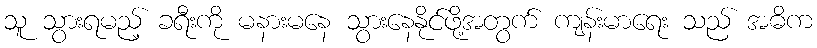
သူ သွားရမည့် ခရီးကို မနားမနေ သွားနေနိုင်ဖို့အတွက် ကျန်းမာရေး သည် အဓိက